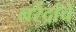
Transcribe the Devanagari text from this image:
नरेंद्रांचे